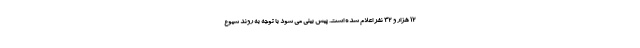
۱۲ هزار و ۳۲ نفر اعلام شده است. پیش بینی می شود با توجه به روند شیوع